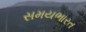
સમયભારત